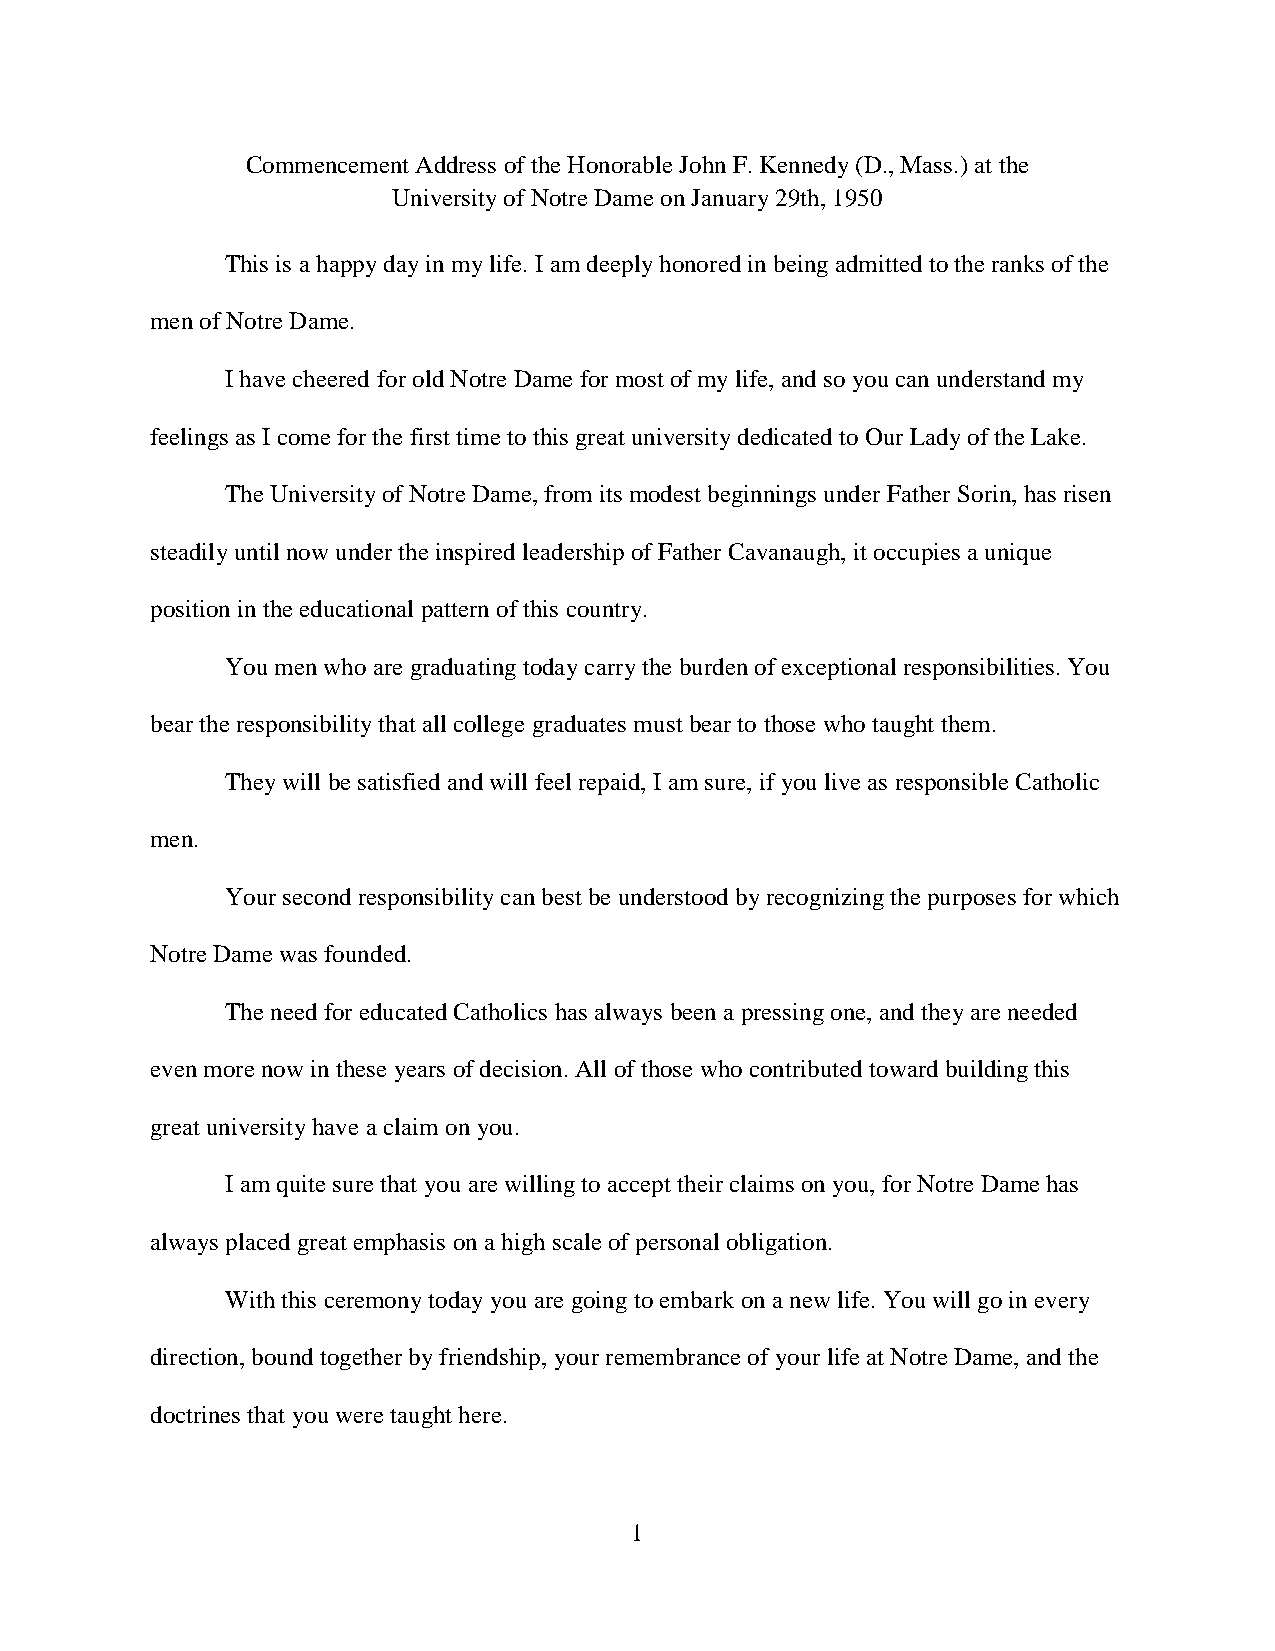
Commencement Address of the Honorable John F. Kennedy (D., Mass.) at the
 University of Notre Dame on January 29th, 1950
 This is a happy day in my life. I am deeply honored in being admitted to the ranks of the
 men of Notre Dame.
 I have cheered for old Notre Dame for most of my life, and so you can understand my
 feelings as I come for the first time to this great university dedicated to Our Lady of the Lake.
 The University of Notre Dame, from its modest beginnings under Father Sorin, has risen
 steadily until now under the inspired leadership of Father Cavanaugh, it occupies a unique
 position in the educational pattern of this country.
 You men who are graduating today carry the burden of exceptional responsibilities. You
 bear the responsibility that all college graduates must bear to those who taught them.
 They will be satisfied and will feel repaid, I am sure, if you live as responsible Catholic
 men.
 Your second responsibility can best be understood by recognizing the purposes for which
 Notre Dame was founded.
 The need for educated Catholics has always been a pressing one, and they are needed
 even more now in these years of decision. All of those who contributed toward building this
 great university have a claim on you.
 I am quite sure that you are willing to accept their claims on you, for Notre Dame has
 always placed great emphasis on a high scale of personal obligation.
 With this ceremony today you are going to embark on a new life. You will go in every
 direction, bound together by friendship, your remembrance of your life at Notre Dame, and the
 doctrines that you were taught here.
 1